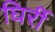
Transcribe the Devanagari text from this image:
घिर्री